Bombay plague: being a history of the progress of plague in the Bombay presidency from September 1896 to June 1899
Year: 1896
Disease focus: Plague
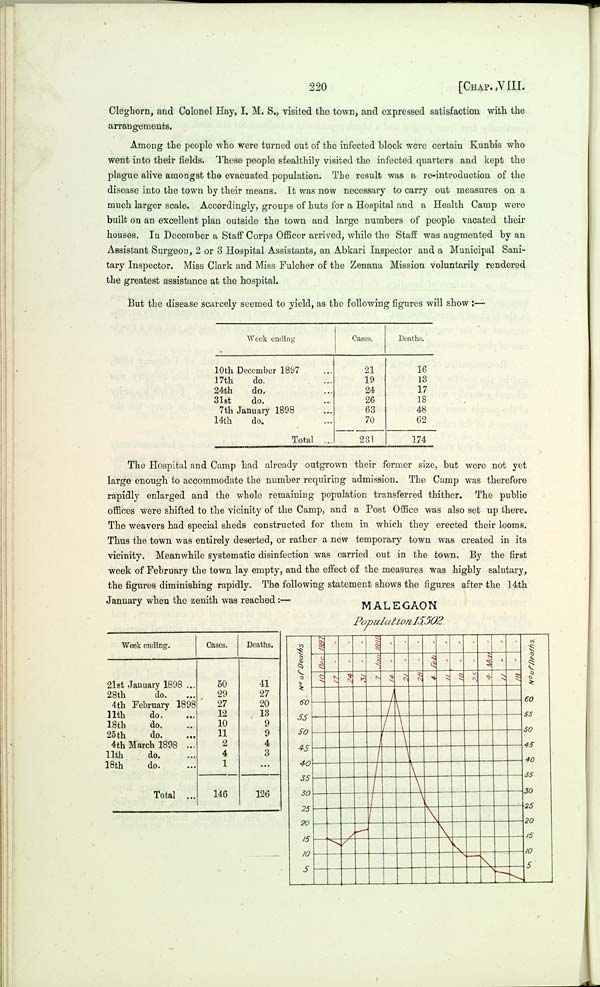
220
[CHAP.
VIII.
Cleghorn, and Colonel Hay, I. M. S., visited the town, and expressed satisfaction with the
arrangements.
Among the people who were turned out of the infected block were certain Kunbis who
went into their fields. These people stealthily visited the infected quarters and kept the
plague alive amongst the evacuated population. The result was a re-introduction of the
disease into the town by their means. It was now necessary to carry out measures on a
much larger scale. Accordingly, groups of huts for a Hospital and a Health Camp were
built on an excellent plan outside the town and large numbers of people vacated their
houses. In December a Staff Corps Officer arrived, while the Staff was augmented by an
Assistant Surgeon, 2 or 3 Hospital Assistants, an Abkari Inspector and a Municipal Sani-
tary Inspector. Miss Clark and Miss Fulcher of the Zenana Mission voluntarily rendered
the greatest assistance at the hospital.
But the disease scarcely seemed to yield, as the following figures will show:—
Week ending
10th December 1897
17th
do.
24th
do.
31st
do.
7th January 1898
14th
do.
Total
Cases.
21
19
24
26
63
70
231
Deaths.
16
13
17
18
48
62
174
The Hospital and Camp had already outgrown their former size, but were not yet
large enough to accommodate the number requiring admission. The Camp was therefore
rapidly enlarged and the whole remaining population transferred thither. The public
offices were shifted to the vicinity of the Camp, and a Post Office was also set up there.
The weavers had special sheds constructed for them in which they erected their looms.
Thus the town was entirely deserted, or rather a new temporary town was created in its
vicinity. Meanwhile systematic disinfection was carried out in the town. By the first
week of February the town lay empty, and the effect of the measures was highly salutary,
the figures diminishing rapidly. The following statement shows the figures after the 14th
January when the zenith was reached:—
Week ending.
21st January 1898 ...
28th
do.
4th February 1898
11th
do.
18th
do.
25th
do.
4th March
1898
11th
do.
18th
do.
Total
Cases.
50
29
27
12
10
11
2
4
1
146
Deaths.
41
27
20
13
9
9
4
3
126
MALEGAON
Population 15,502.